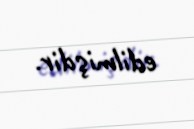
edilmişdir.